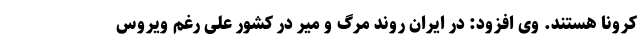
کرونا هستند. وی افزود: در ایران روند مرگ و میر در کشور علی رغم ویروس